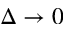
\Delta \to 0